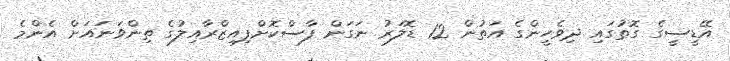
އޭޑީސީގެ ގޮތުގައި ދިވެހީންގެ އަތުން 12 ޑޮލަރު ނަގަން ފާސްކޮށްފިއިޒްރާއިލުގެ ތިންވަނައަށް އެންމެ